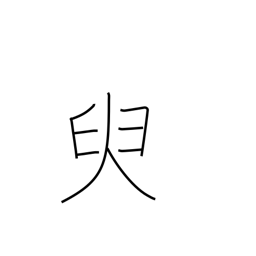
Meaning: a little while